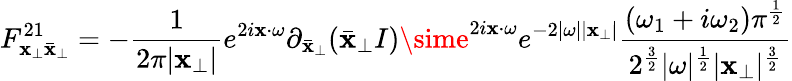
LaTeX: F_{\mathbf{x}_{\perp}\bar{{\mathbf{x}}}_{\perp}}^{21}=-\frac{{1}}{{2\pi|\mathbf{x}_{\perp}|}}e^{2i\mathbf{x}\cdot\omega}\partial_{\bar{{\mathbf{x}}}_{\perp}}(\bar{{\mathbf{x}}}_{\perp}I)\sime^{2i\mathbf{x}\cdot\omega}e^{-2|\omega||\mathbf{x}_{\perp}|}{\frac{{(\omega_{1}+i\omega_{2})\pi^{{\frac{{1}}{{2}}}}}}{{2^{{\frac{{3}}{{2}}}}|\omega|^{{\frac{{1}}{{2}}}}|\mathbf{x}_{\perp}|^{{\frac{{3}}{{2}}}}}}}